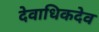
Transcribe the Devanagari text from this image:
देवाधिकदेव